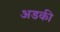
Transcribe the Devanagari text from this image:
अडकी